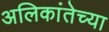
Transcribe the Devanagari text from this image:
अलिकांतेच्या